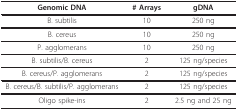
<table><thead><tr><td><b>Genomic DNA</b></td><td><b># Arrays</b></td><td><b>gDNA</b></td></tr></thead><tbody><tr><td>B. subtilis</td><td>10</td><td>250 ng</td></tr><tr><td>B. cereus</td><td>10</td><td>250 ng</td></tr><tr><td>P. agglomerans</td><td>10</td><td>250 ng</td></tr><tr><td>B. subtilis/B. cereus</td><td>2</td><td>125 ng/species</td></tr><tr><td>B. cereus/P. agglomerans</td><td>2</td><td>125 ng/species</td></tr><tr><td>B. cereus/B. subtilis/P. agglomerans</td><td>2</td><td>125 ng/species</td></tr><tr><td>Oligo spike-ins</td><td>2</td><td>2.5 ng and 25 ng</td></tr></tbody></table>